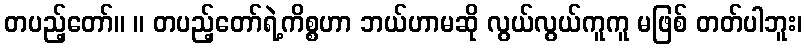
တပည့်တော်။ ။ တပည့်တော်ရဲ့ကိစ္စဟာ ဘယ်ဟာမဆို လွယ်လွယ်ကူကူ မဖြစ် တတ်ပါဘူး၊